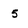
Character: 5